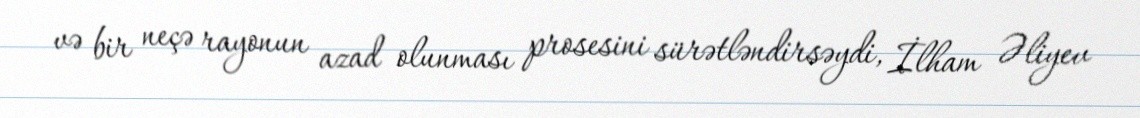
və bir neçə rayonun azad olunması prosesini sürətləndirsəydi, İlham Əliyev